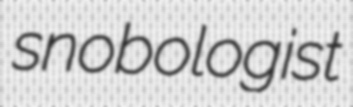
snobologist